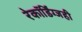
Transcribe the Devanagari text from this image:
रेकॉर्डिंग्जही